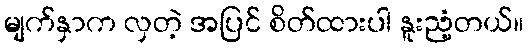
မျက်နှာက လှတဲ့ အပြင် စိတ်ထားပါ နူးညံ့တယ်။